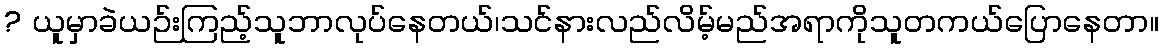
? ယူမှာခဲယဉ်းကြည့်သူဘာလုပ်နေတယ်၊သင်နားလည်လိမ့်မည်အရာကိုသူတကယ်ပြောနေတာ။